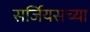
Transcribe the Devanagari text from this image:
सर्जियसच्या